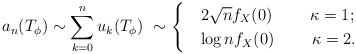
\begin{align*}a_n(T_\phi)\sim\sum_{k=0}^nu_k(T_\phi)\ \sim \begin{cases} &2\sqrt nf_X(0)\ \ \ \ \ \ \ \kappa=1;\\ &\log nf_X(0)\ \ \ \ \ \ \ \kappa=2.\end{cases}\end{align*}